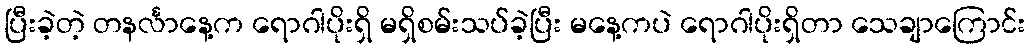
ပြီးခဲ့တဲ့ တနင်္လာနေ့က ရောဂါပိုးရှိ မရှိစမ်းသပ်ခဲ့ပြီး မနေ့ကပဲ ရောဂါပိုးရှိတာ သေချာကြောင်း